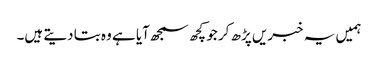
ہمیں یہ خبریں پڑھ کر جو کچھ سمجھ آیا ہے وہ بتا دیتے ہیں۔